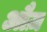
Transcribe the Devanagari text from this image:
औज़